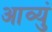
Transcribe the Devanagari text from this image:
आव्युं